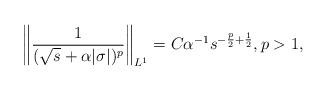
LaTeX: \begin{align*}\left\|\frac 1{(\sqrt{s}+\alpha|\sigma|)^p}\right\|_{L^1} = C \alpha^{-1}s^{-\frac{p}2 +\frac12}, p >1,\end{align*}